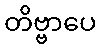
တိဗ္ဗာပေ